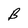
Character: B